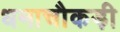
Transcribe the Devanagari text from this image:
धमाचौकड़ी